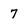
Character: 7